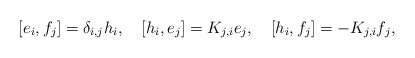
\begin{align*}[e_i, f_j]=\delta_{i,j} h_i,\quad[h_i, e_j]=K_{j,i} e_j,\quad[h_i, f_j]=-K_{j,i} f_j,\end{align*}